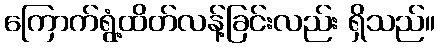
ကြောက်ရွံ့ထိတ်လန့်ခြင်းလည်း ရှိသည်။